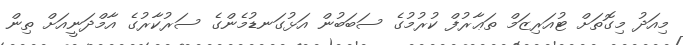
މިއަދު މިގޮތަށް ޓުއަރިޒަމް ތަޢާރުފް ކުރުމުގެ ސަބަބުން އަޅުގަނޑުމެންގެ ސަރުކާރުގެ އާމްދަނީއަށް ތިން